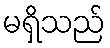
မရှိသည်